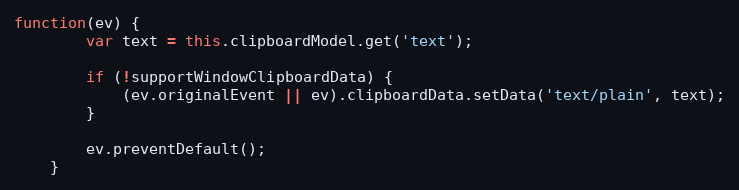
Language: JavaScript
function(ev) {
        var text = this.clipboardModel.get('text');

        if (!supportWindowClipboardData) {
            (ev.originalEvent || ev).clipboardData.setData('text/plain', text);
        }

        ev.preventDefault();
    }